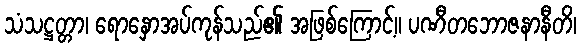
သံသဋ္ဌတ္တာ၊ ရောနှောအပ်ကုန်သည်၏ အဖြစ်ကြောင့်။ ပဏီတဘောဇနာနီတိ၊